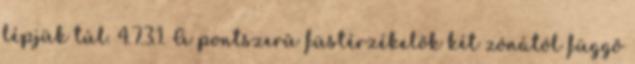
lépjük túl. 4.7.3.1. A pontszerû füstérzékelõk két zónától függõ